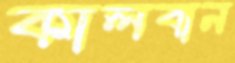
কালবান